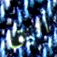
أنيق